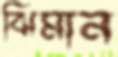
ঝিমান